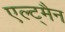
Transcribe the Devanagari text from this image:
एल्ट्मैन